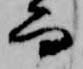
而